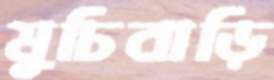
মুচিবাড়ি